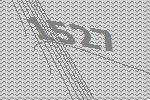
1527